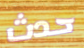
حدث